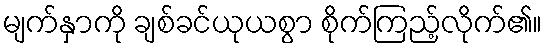
မျက်နှာကို ချစ်ခင်ယုယစွာ စိုက်ကြည့်လိုက်၏။